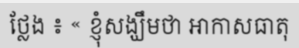
ថ្លែង ៖ « ខ្ញុំសង្ឃឹមថា អាកាសធាតុ